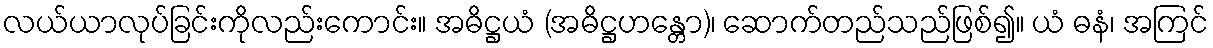
လယ်ယာလုပ်ခြင်းကိုလည်းကောင်း။ အဓိဋ္ဌယံ (အဓိဋ္ဌဟန္တော)၊ ဆောက်တည်သည်ဖြစ်၍။ ယံ ဓနံ၊ အကြင်